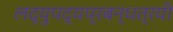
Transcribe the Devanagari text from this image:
लद्युपद्यप्रबन्धत्रयी